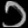
Digit: ၁